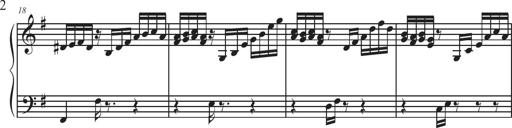
Title: Sonatina Espania
Composer: Jerald Franklin Archer
Key: Various